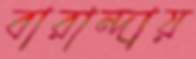
বারান্দায়